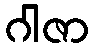
ဂါဇာ